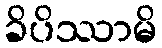
ခိပိဿာမိ